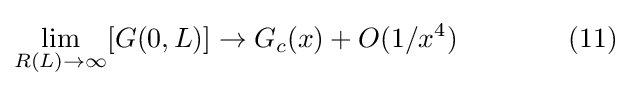
\lim _{R(L)\to \infty }[G(0,L)]\rightarrow G_{c}(x)+O(1/x^{4})\qquad \qquad (11)